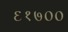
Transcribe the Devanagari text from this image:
६१७००